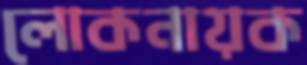
লোকনায়ক